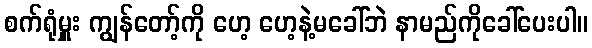
စက်ရုံမှူး ကျွန်တော့်ကို ဟေ့ ဟေ့နဲ့မခေါ်ဘဲ နာမည်ကိုခေါ်ပေးပါ။